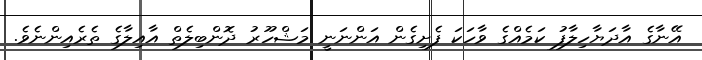
އޭނާގެ އާދަޔާހިލާފު ކަމެއްގެ ވާހަކަ ފެށިގެން އަންނަނީ މަޝްހޫރު ދޮންބިލެތް އާއިލާގެ ތެރެއިންނެވެ.